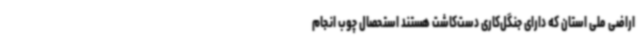
اراضی ملی استان که دارای جنگل‌کاری دست‌کاشت هستند استحصال چوب انجام